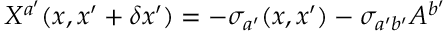
X ^ { a ^ { \prime } } ( x , x ^ { \prime } + \delta x ^ { \prime } ) = - \sigma _ { a ^ { \prime } } ( x , x ^ { \prime } ) - \sigma _ { a ^ { \prime } b ^ { \prime } } A ^ { b ^ { \prime } }